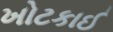
ખોટકાઈ